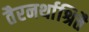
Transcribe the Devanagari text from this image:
तैरनर्थाश्रितै